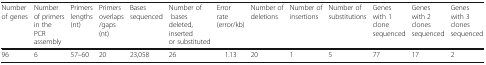
<table><thead><tr><td><b>Number of genes</b></td><td><b>Number of primers in the PCR assembly</b></td><td><b>Primers lengths (nt)</b></td><td><b>Primers overlaps/gaps (nt)</b></td><td><b>Bases sequenced</b></td><td><b>Number of bases deleted, inserted or substituted</b></td><td><b>Error rate (error/kb)</b></td><td><b>Number of deletions</b></td><td><b>Number of insertions</b></td><td><b>Number of substitutions</b></td><td><b>Genes with 1 clone sequenced</b></td><td><b>Genes with 2 clones sequenced</b></td><td><b>Genes with 3 clones sequenced</b></td></tr></thead><tbody><tr><td>96</td><td>6</td><td>57–60</td><td>20</td><td>23,058</td><td>26</td><td>1.13</td><td>20</td><td>1</td><td>5</td><td>77</td><td>17</td><td>2</td></tr></tbody></table>